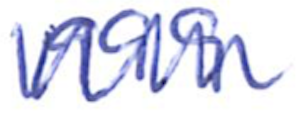
Text: 1999
Cross-out: mix
Writing tool: ballpoint